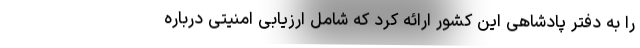
را به دفتر پادشاهی این کشور ارائه کرد که شامل ارزیابی امنیتی درباره